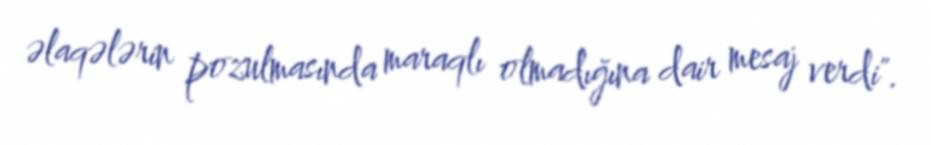
əlaqələrin pozulmasında maraqlı olmadığına dair mesaj verdi".